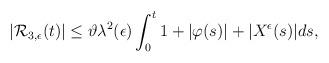
LaTeX: \begin{align*}\begin{aligned}|\mathcal{R}_{3,\epsilon}(t)|&\leq\vartheta\lambda^{2}(\epsilon)\int_0^t1+|\varphi(s)|+|{X}^{\epsilon}(s)|ds,\end{aligned}\end{align*}